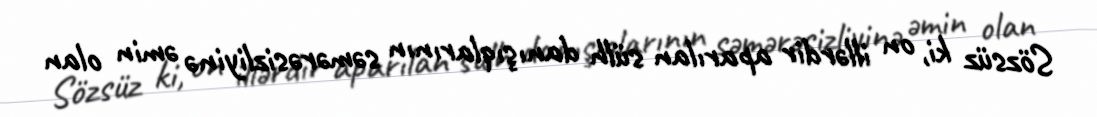
Sözsüz ki, on illərdir aparılan sülh danışıqlarının səmərəsizliyinə əmin olan